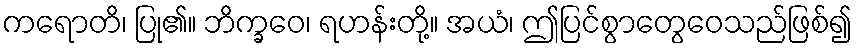
ကရောတိ၊ ပြု၏။ ဘိက္ခဝေ၊ ရဟန်းတို့။ အယံ၊ ဤပြင်စွာတွေဝေသည်ဖြစ်၍